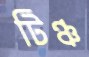
টিঞ্চ